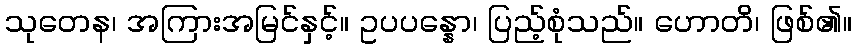
သုတေန၊ အကြားအမြင်နှင့်။ ဥပပန္နော၊ ပြည့်စုံသည်။ ဟောတိ၊ ဖြစ်၏။